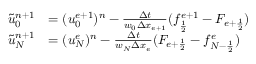
\begin{array} { r l } { \tilde { u } _ { 0 } ^ { n + 1 } } & { = ( u _ { 0 } ^ { e + 1 } ) ^ { n } - \frac { \Delta t } { w _ { 0 } \Delta x _ { e + 1 } } ( f _ { \frac { 1 } { 2 } } ^ { e + 1 } - F _ { { e + \frac { 1 } { 2 } } } ) } \\ { \tilde { u } _ { N } ^ { n + 1 } } & { = ( u _ { N } ^ { e } ) ^ { n } - \frac { \Delta t } { w _ { N } \Delta x _ { e } } ( F _ { { e + \frac { 1 } { 2 } } } - f _ { { N - \frac { 1 } { 2 } } } ^ { e } ) } \end{array}